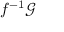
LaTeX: f ^ { - 1 } { \mathcal { G } }